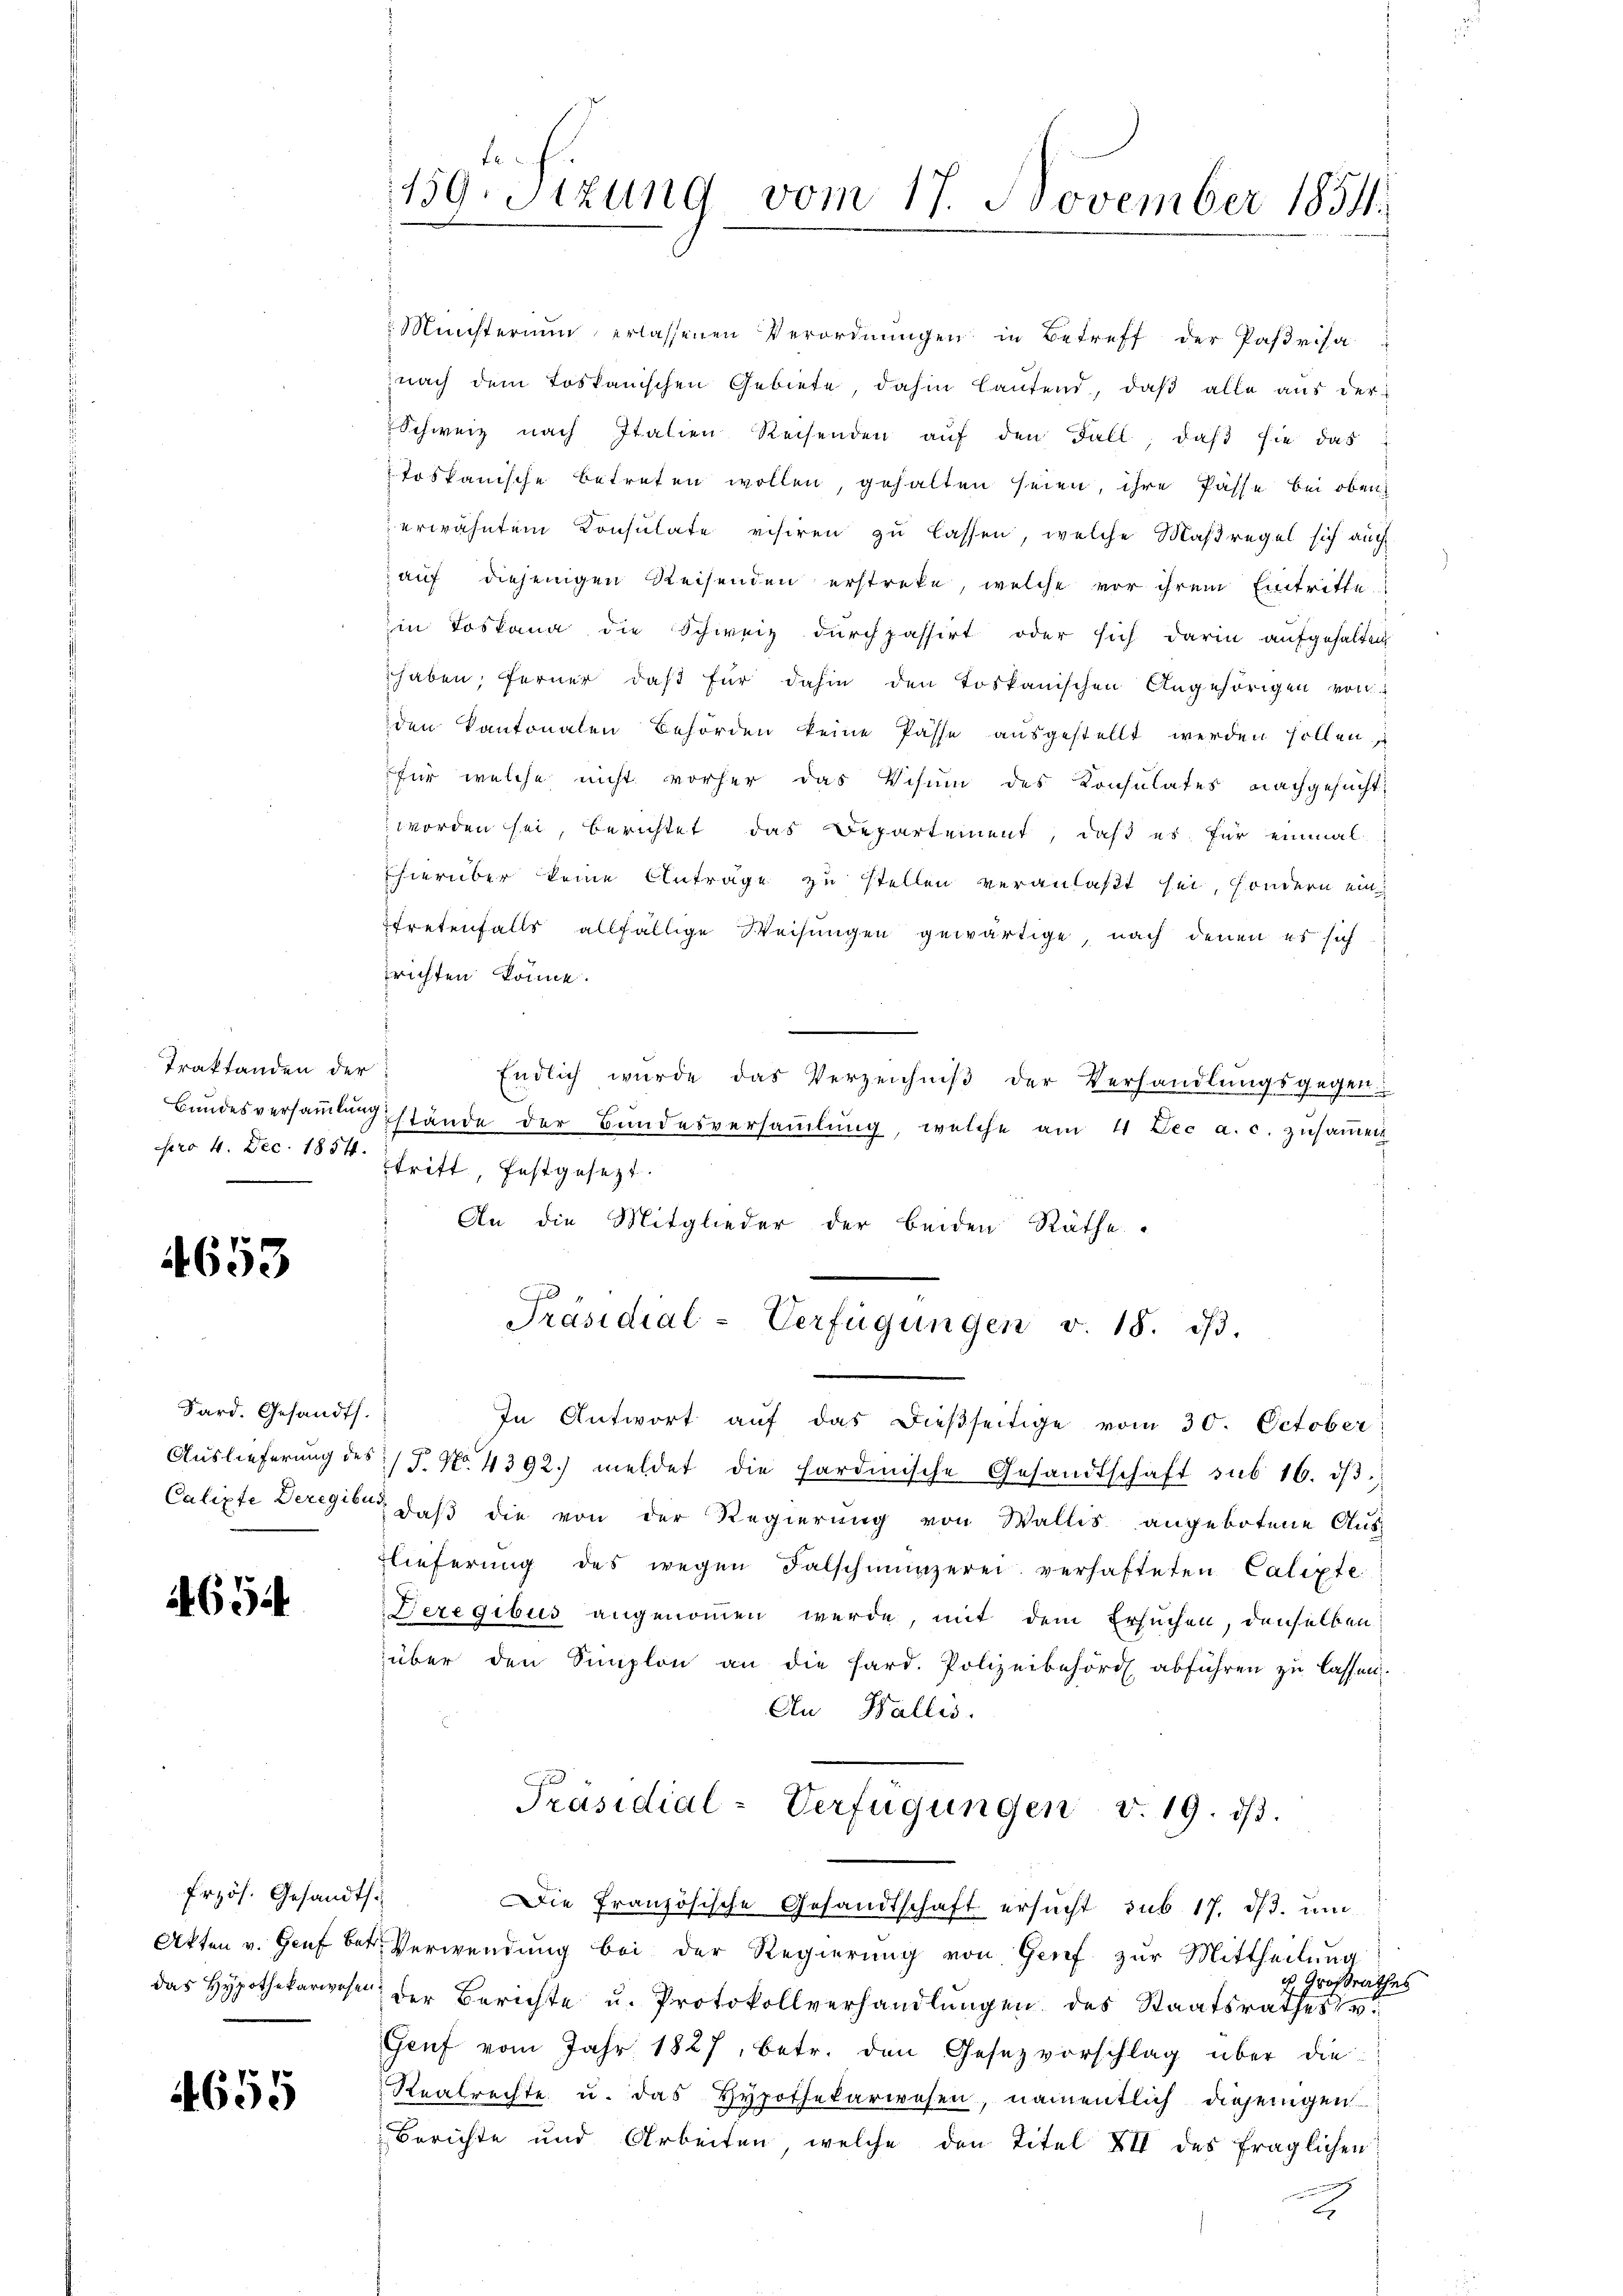
Traktanden der
pro 4. Dec. 1854.

4653

Sard. Gesandts.
Auslieferung des
Calipte Deregibu

694

frzös. Gesandts
Akten v. Genf bet
das Hypothekarwesen

1655

139. Sitzung vom 17. November 1854.

Ministerium erlassenen Verordnŭngen in Betreff der Parisa
nach dem Loskanischen Gebiete, dahin lautend, daß alle aus der
 Schweiz nach Italien Reisenden aŭf den Fall, daß sie das
Toskanische betreten wollen, gehalten seien, ihre Pässe bei oben
erwähntem Consulate visiren zu lassen, welche Maßregel sich auch
 auf diejenigen Reisenden erstreke, welche vor ihrem Eintritte
in Loskana die Schweiz durchpassirt oder sich darin aufgehalten
haben; ferner daß für dahin den toskanischen Angehörigen von
den Kantonalen Behörden keine Pässe ausgestellt werden sollen,
für welche nicht vorher das Visum des Consulates nachgesucht,
 worden sei, berichtet, das Departement, daß es für einmal
Fhierüber keine Anträge zu stellen veranlaßt sei, sondern ein
tretenfalls allfällige Weisungen gewärtige, nach denen es sich
richten könne.
e
i
Endlich wurde das Verzeichniß der Verhandlungsgegen
Bundesversammlung stände der Bundesversaṁlŭng, welche am 11 Dec a. c. zusammen
tritt, festgesezt.
An die Mitglieder der beiden Räthe.
Präsidial-Verfügungen v. 18. dβ.
In Antwort auf das dießseitige vom 30. October
5/7. No. 4392. meldet die hardinische Gesandtschaft sub 16. dβ.
 daß die von der Regierung von Wallis angebotene Aus
Elieferŭng des wegen Falschmünzerei verhafteten Calixte
Deregibus angenommen werde, mit dem Ersuchen, denselben
über den Simplon an die hard. Polizeibehörde abführen zu lassen.
Au Wallis.
Präsidial-Verfügungen v. 19. dβ.
Die Französische Gesandtschaft ersŭcht sub. 17. ds. ŭm
Verwendung bei der Regierung von Grief zur Mittheilung
is Großrathes
der Berichte u. Protokollverhandlungen des Staatsrathes de
Genf vom Jahr 1827, betr. den Gesezvorschlag über die
Realrechte u. das Hypothekarwesen, namentlich diejenigen
Berichte und Arbeiten, welche den Titel XII des fraglichen
2